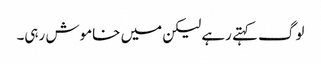
لوگ کہتے رہے لیکن میں خاموش رہی۔